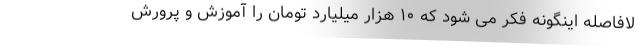
لافاصله اینگونه فکر می شود که ۱۰ هزار میلیارد تومان را آموزش و پرورش